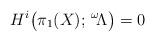
LaTeX: \begin{align*} H^{i}\big(\pi_{1}(X) ; \,^{\omega}\!\Lambda \big) = 0 \end{align*}